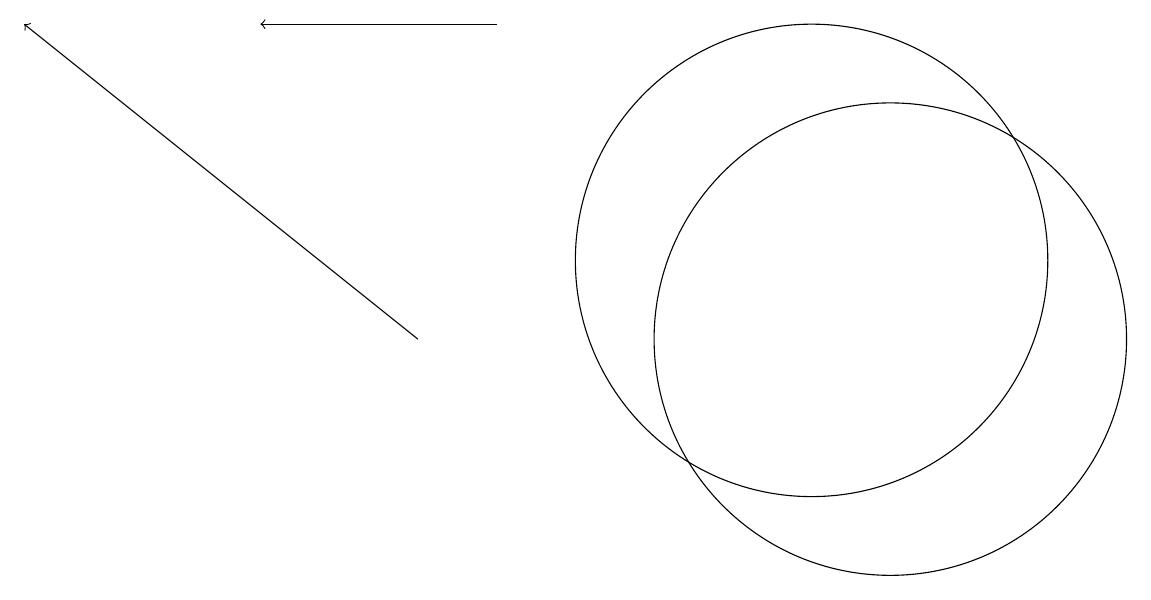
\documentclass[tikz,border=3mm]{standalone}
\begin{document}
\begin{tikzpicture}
\draw[->] (6,15) -- (3,15);
\draw (10,12) circle (3);
\draw (11,11) circle (3);
\draw[->] (5,11) -- (0,15);
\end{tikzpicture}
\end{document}